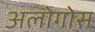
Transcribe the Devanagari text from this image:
अलोगोस